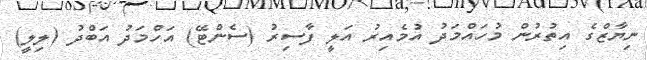
ނިޔާޒްގެ އިތުރުން މުހައްމަދު އުމެއިރު އަލީ ފާސިރު (ސެންޓޭ) އަހްމަދު އަބްދު (ލިލީ)